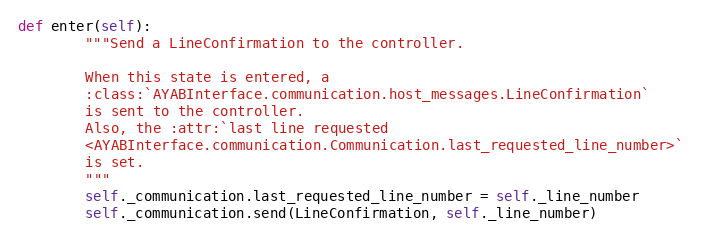
Language: Python
def enter(self):
        """Send a LineConfirmation to the controller.

        When this state is entered, a
        :class:`AYABInterface.communication.host_messages.LineConfirmation`
        is sent to the controller.
        Also, the :attr:`last line requested
        <AYABInterface.communication.Communication.last_requested_line_number>`
        is set.
        """
        self._communication.last_requested_line_number = self._line_number
        self._communication.send(LineConfirmation, self._line_number)